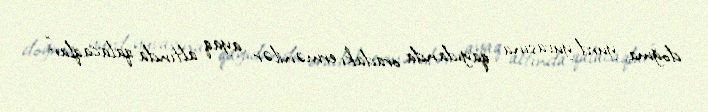
doğma yurd-yuvasına qayıdanda oradakı ermənilər ayaq altında qalacaqlar” -